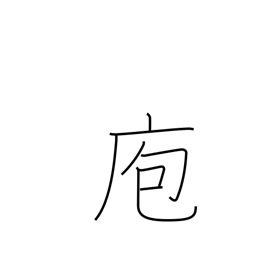
Meaning: kitchen